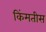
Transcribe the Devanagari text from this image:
किंमतीस